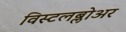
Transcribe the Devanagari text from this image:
विस्टलब्लोअर